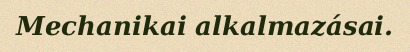
Mechanikai alkalmazásai.